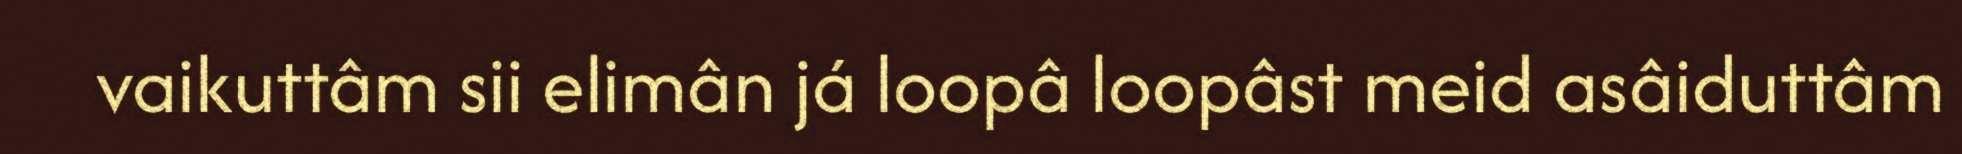
vaikuttâm sii elimân já loopâ loopâst meid asâiduttâm